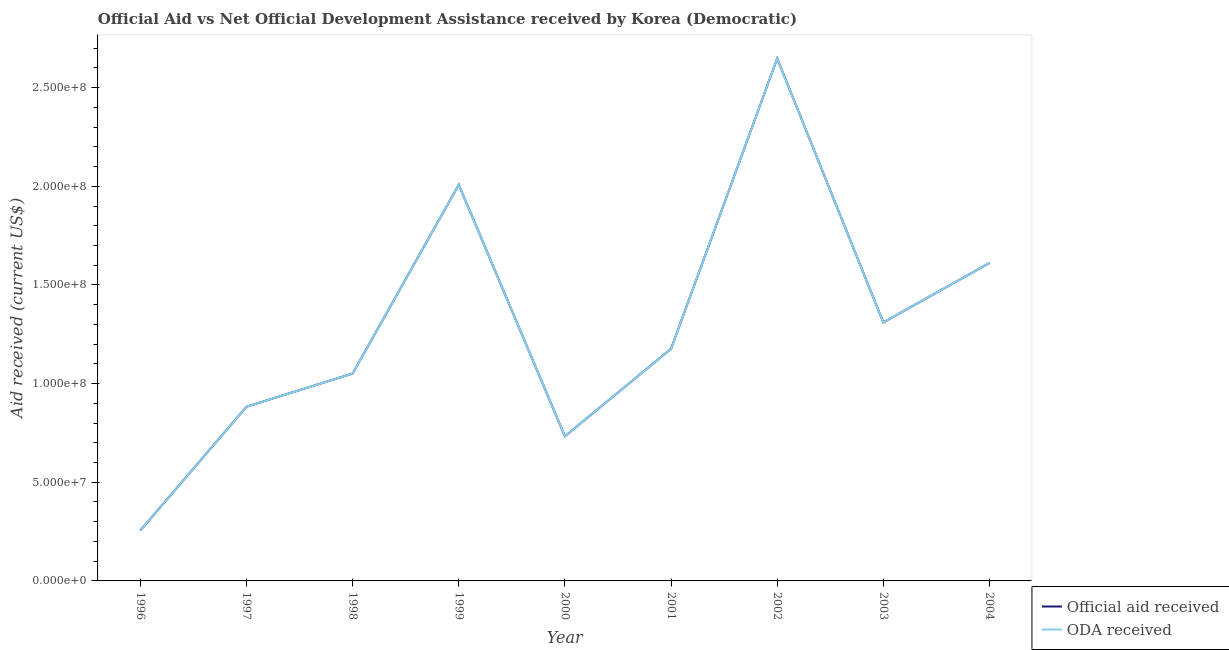
| Year | Official aid received | ODA received |
 | --- | --- | --- |
 | 1996 | 2.56e+07 | 2.56e+07 |
 | 1997 | 8.83e+07 | 8.83e+07 |
 | 1998 | 1.05e+08 | 1.05e+08 |
 | 1999 | 2.01e+08 | 2.01e+08 |
 | 2000 | 7.33e+07 | 7.33e+07 |
 | 2001 | 1.18e+08 | 1.18e+08 |
 | 2002 | 2.65e+08 | 2.65e+08 |
 | 2003 | 1.31e+08 | 1.31e+08 |
 | 2004 | 1.61e+08 | 1.61e+08 |